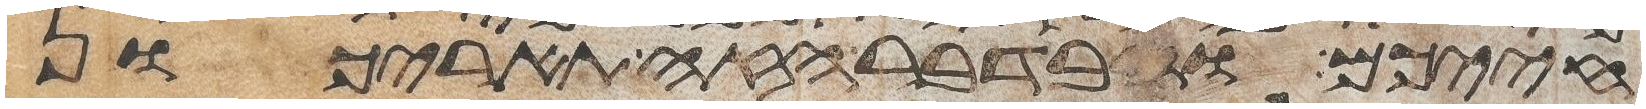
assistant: חייכם ובדבר הזה תאריכון